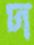
দ